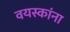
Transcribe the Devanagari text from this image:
वयस्कांना